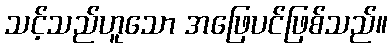
သင့်သည်ဟူသော အဖြေပင်ဖြစ်သည်။